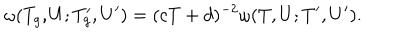
\omega ( T _ { g } , U ; T _ { g } ^ { \prime } , U ^ { \prime } ) = ( c T + d ) ^ { - 2 } \omega ( T , U ; T ^ { \prime } , U ^ { \prime } ) .